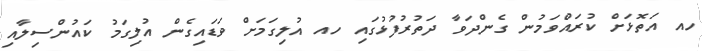
ހއ އަތޮޅަށް ކުރައްވަމުން ގެންދަވާ ދަތުރުފުޅުގައި ހއ އުލިގަމަށް ވަޑައިގެން އުލިގަމު ކައުންސިލާއި